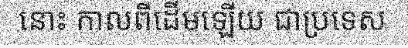
នោះ កាលពីដើមឡើយ ជាប្រទេស